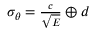
\begin{array} { c l l } { \sigma _ { \theta } = \frac { c } { \sqrt { E } } \oplus d } \end{array}